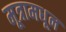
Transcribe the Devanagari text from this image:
मूत्रामधून